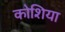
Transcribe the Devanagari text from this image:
कोशिया